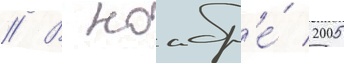
// В ноабр'е́ 2005